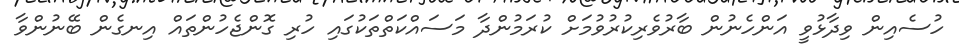
ހުސެއިން ވިދާޅުވީ އަންހެނުން ބާރުވެރިކުރުވުމަށް ކުރަމުންދާ މަސައްްކަތްތަކުގައި ހުރި ގޮންޖެހުންތައް އިނގެން ބޭނުންވާ